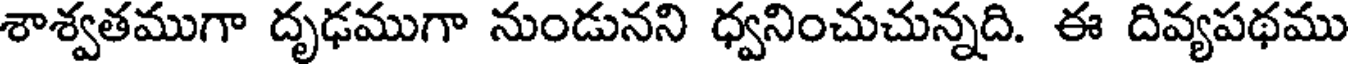
శాశ్వతముగా దృఢముగా నుండునని ధ్వనించుచున్నది. ఈ దివ్యపథము